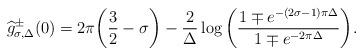
LaTeX: \begin{align*} \widehat{g}^{\pm}_{\sigma,\Delta}(0)=2\pi\bigg(\dfrac{3}{2}-\sigma\bigg)-\dfrac{2}{\Delta}\log\bigg(\dfrac{1\mp e^{-(2\sigma-1)\pi\Delta}}{1\mp e^{-2\pi\Delta}}\bigg).\end{align*}